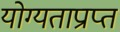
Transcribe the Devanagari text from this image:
योग्यताप्राप्त